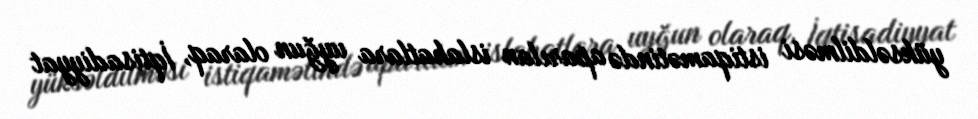
yüksəldilməsi istiqamətində aparılan islahatlara uyğun olaraq, İqtisadiyyat